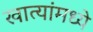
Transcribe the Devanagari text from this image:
खात्यांमध्ये